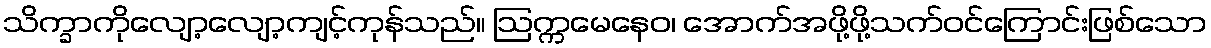
သိက္ခာကိုလျော့လျော့ကျင့်ကုန်သည်။ ဩက္ကမေနေဝ၊ အောက်အဖို့ဖို့သက်ဝင်ကြောင်းဖြစ်သော